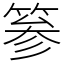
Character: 𥮾